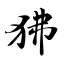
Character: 狒